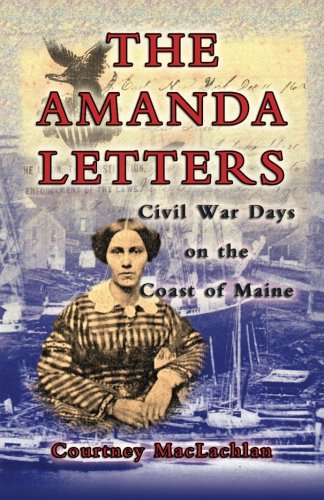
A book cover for The Amanda Letters: Civil War Days on the Coast of Maine; Courtney MacLachlan; Biographies & Memoirs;